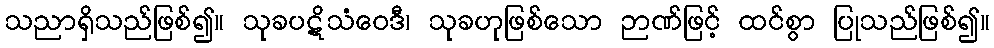
သညာရှိသည်ဖြစ်၍။ သုခပဋိသံဝေဒီ၊ သုခဟုဖြစ်သော ဉာဏ်ဖြင့် ထင်စွာ ပြုသည်ဖြစ်၍။